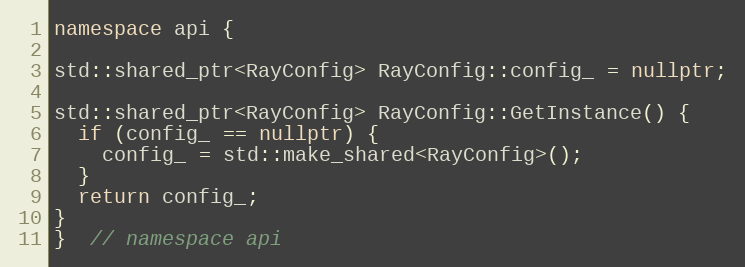
Language: C++
namespace api {

std::shared_ptr<RayConfig> RayConfig::config_ = nullptr;

std::shared_ptr<RayConfig> RayConfig::GetInstance() {
  if (config_ == nullptr) {
    config_ = std::make_shared<RayConfig>();
  }
  return config_;
}
}  // namespace api